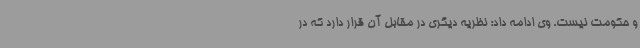
و حکومت نیست. وی ادامه داد: نظریه دیگری در مقابل آن قرار دارد که در